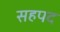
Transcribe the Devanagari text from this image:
सहपद